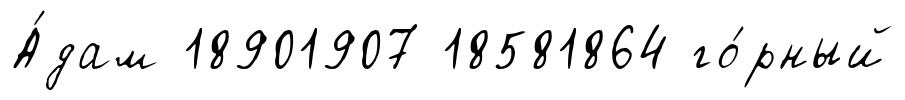
А́дам 18901907 18581864 го́рный